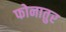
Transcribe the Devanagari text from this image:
फोनातुर